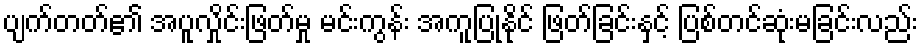
ပျက်တတ်၏ အပူလှိုင်းဖြတ်မှု မင်းကွန်း အကူပြုနိုင် ဖြတ်ခြင်းနှင့် ပြစ်တင်ဆုံးမခြင်းလည်း